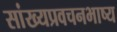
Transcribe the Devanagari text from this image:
सांख्यप्रवचनभाष्य